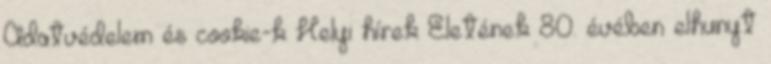
Adatvédelem és cookie-k Helyi hírek Életének 80. évében elhunyt